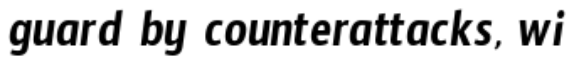
guard by counterattacks, wi